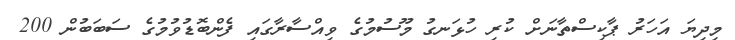
މިދިޔަ އަހަރު ޕާކިސްތާނަށް ކުރި ހުޅަނގު މޫސުމުގެ ވިއްސާރާގައި ފެންބޮޑުވުމުގެ ސަބަބުން 200